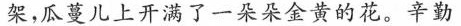
架。瓜蔓儿上开满了一朵朵金黄的花。辛勤